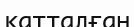
қатталған